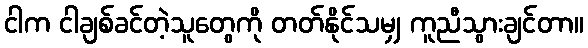
ငါက ငါချစ်ခင်တဲ့သူတွေကို တတ်နိုင်သမျှ ကူညီသွားချင်တာ။